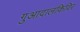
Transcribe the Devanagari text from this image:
गुआदालकिविर